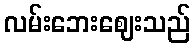
လမ်းဘေးဈေးသည်